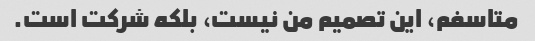
متاسفم، این تصمیم من نیست، بلکه شرکت است.